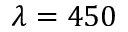
\lambda = 4 5 0